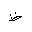
Letter: _za